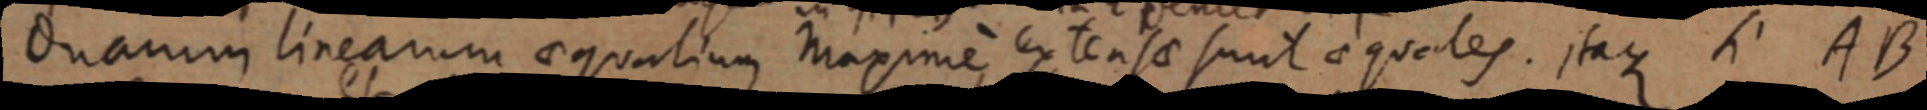
Onarum linearum aequalium maxime extensae sunt aequales. itaque si AB